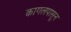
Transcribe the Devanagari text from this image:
कागलपासून